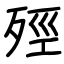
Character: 殌